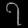
Digit: ၇